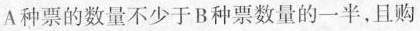
A种票的数量不少于B种票数量的一半，且购票